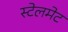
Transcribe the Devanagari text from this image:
स्टेलमेट